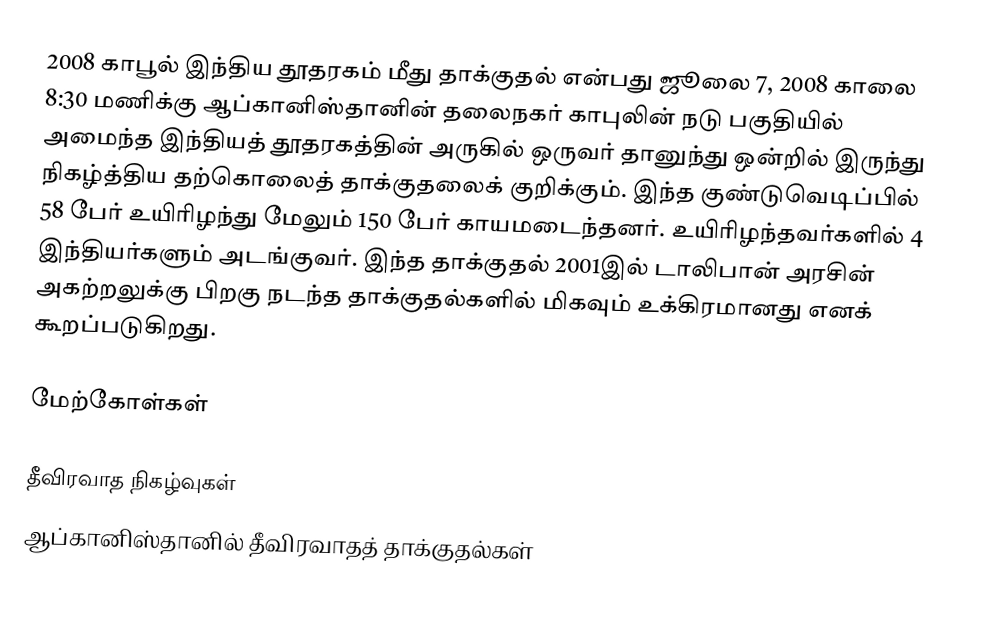
2008 காபூல் இந்திய தூதரகம் மீது தாக்குதல் என்பது ஜூலை 7, 2008 காலை 8:30 மணிக்கு ஆப்கானிஸ்தானின் தலைநகர் காபுலின் நடு பகுதியில் அமைந்த இந்தியத் தூதரகத்தின் அருகில் ஒருவர் தானுந்து ஒன்றில் இருந்து நிகழ்த்திய தற்கொலைத் தாக்குதலைக் குறிக்கும். இந்த குண்டுவெடிப்பில் 58 பேர் உயிரிழந்து மேலும் 150 பேர் காயமடைந்தனர். உயிரிழந்தவர்களில் 4 இந்தியர்களும் அடங்குவர். இந்த தாக்குதல் 2001இல் டாலிபான் அரசின் அகற்றலுக்கு பிறகு நடந்த தாக்குதல்களில் மிகவும் உக்கிரமானது எனக் கூறப்படுகிறது.

மேற்கோள்கள்

தீவிரவாத நிகழ்வுகள்
ஆப்கானிஸ்தானில் தீவிரவாதத் தாக்குதல்கள்